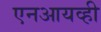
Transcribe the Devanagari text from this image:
एनआयव्ही